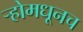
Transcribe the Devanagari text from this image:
र्‍होमधूनच